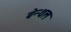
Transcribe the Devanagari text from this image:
बेन्थल